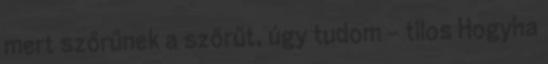
mert szőrűnek a szőrűt, úgy tudom – tilos Hogyha